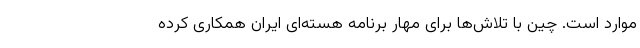
موارد است. چین با تلاش‌ها برای مهار برنامه هسته‌ای ایران همکاری کرده